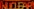
NORAR